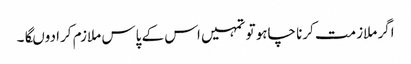
اگر ملازمت کرنا چاہو تو تمہیں اس کے پاس ملازم کرا دوںگا۔